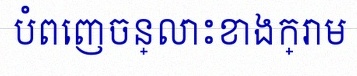
បំពេញចន្លោះខាងក្រោម